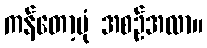
ကန်တော့ပုံ အစဉ်အလာ။